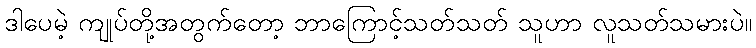
ဒါပေမဲ့ ကျုပ်တို့အတွက်တော့ ဘာကြောင့်သတ်သတ် သူဟာ လူသတ်သမားပဲ။